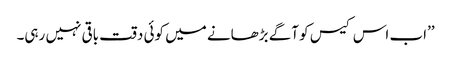
’’اب اس کیس کو آگے بڑھانے میں کوئی دقت باقی نہیں رہی۔